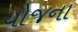
યોજના